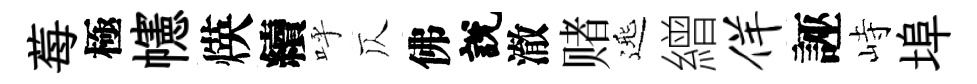
莓極幰煐續呼仄佛說澈赌𨓱繒佯誣峙埠